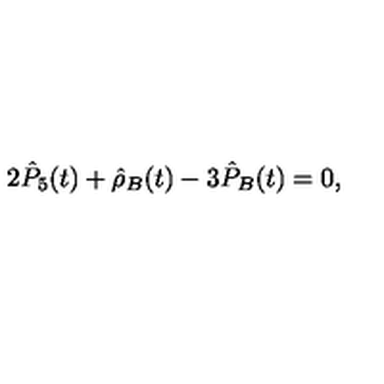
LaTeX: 2 \hat { P } _ { 5 } ( t ) + \hat { \rho } _ { B } ( t ) - 3 \hat { P } _ { B } ( t ) = 0 ,